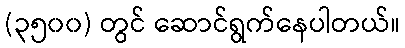
(၃၅၀၀) တွင် ဆောင်ရွက်နေပါတယ်။